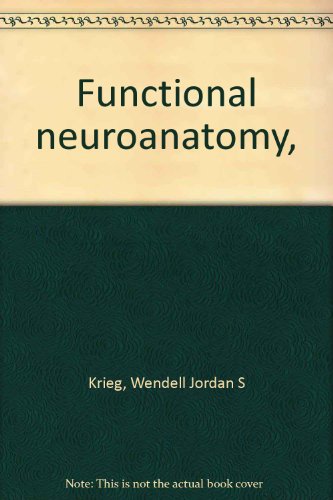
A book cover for Functional neuroanatomy,; Wendell Jordan S Krieg; Medical Books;